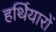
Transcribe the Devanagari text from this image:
हर्थियारों